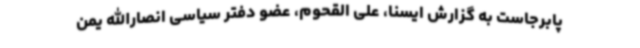
پابرجاست به گزارش ایسنا، علی القحوم،‌ عضو دفتر سیاسی انصارالله یمن